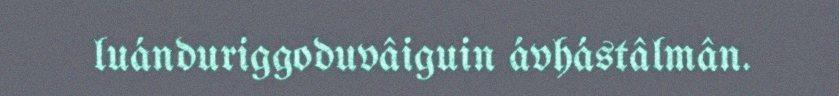
luánduriggoduvâiguin ávhástâlmân.